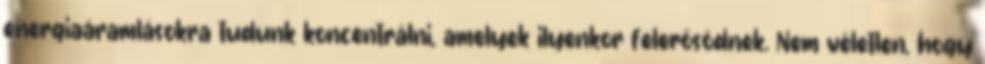
energiaáramlásokra tudunk koncentrálni, amelyek ilyenkor felerősödnek. Nem véletlen, hogy